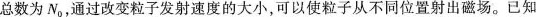
总数为N，通过改变粒子发射速度的大小，可以使粒子从不同位置射出磁场。已知